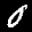
Label: 0